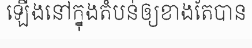
ឡើងនៅក្នុងតំបន់ឲ្យខាងតែបាន